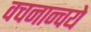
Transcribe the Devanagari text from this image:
वचनान्वये